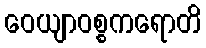
ဝေယျာဝစ္စကရောတိ